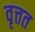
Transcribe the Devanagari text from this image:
वृत्तत